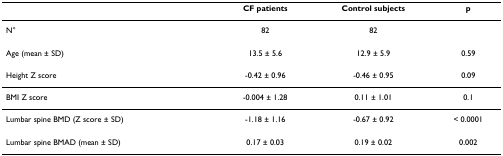
<table><thead><tr><td></td><td><b>CF patients</b></td><td><b>Control subjects</b></td><td><b>p</b></td></tr></thead><tbody><tr><td>N°</td><td>82</td><td>82</td><td></td></tr><tr><td>Age (mean ± SD)</td><td>13.5 ± 5.6</td><td>12.9 ± 5.9</td><td>0.59</td></tr><tr><td>Height Z score</td><td>-0.42 ± 0.96</td><td>-0.46 ± 0.95</td><td>0.09</td></tr><tr><td>BMI Z score</td><td>-0.004 ± 1.28</td><td>0.11 ± 1.01</td><td>0.1</td></tr><tr><td>Lumbar spine BMD (Z score ± SD)</td><td>-1.18 ± 1.16</td><td>-0.67 ± 0.92</td><td>&lt; 0.0001</td></tr><tr><td>Lumbar spine BMAD (mean ± SD)</td><td>0.17 ± 0.03</td><td>0.19 ± 0.02</td><td>0.002</td></tr></tbody></table>